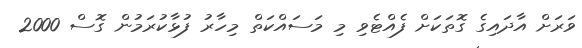
ވަރަށް އާދައިގެ ގޮތަކަށް ފެއްޓެވި މި މަސައްކަތް މިހާރު ފުޅާކުރަމުން ގޮސް 2000